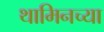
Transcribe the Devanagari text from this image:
थामिनच्या